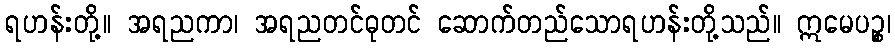
ရဟန်းတို့။ အရညကာ၊ အရညတင်ဓုတင် ဆောက်တည်သောရဟန်းတို့သည်။ ဣမေပဉ္စ၊